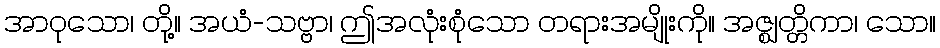
အာဝုသော၊ တို့။ အယံ-သဗ္ဗာ၊ ဤအလုံးစုံသော တရားအမျိုးကို။ အဇ္ဈတ္တိကာ၊ သော။